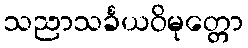
သညာသင်္ခယဝိမုတ္တော